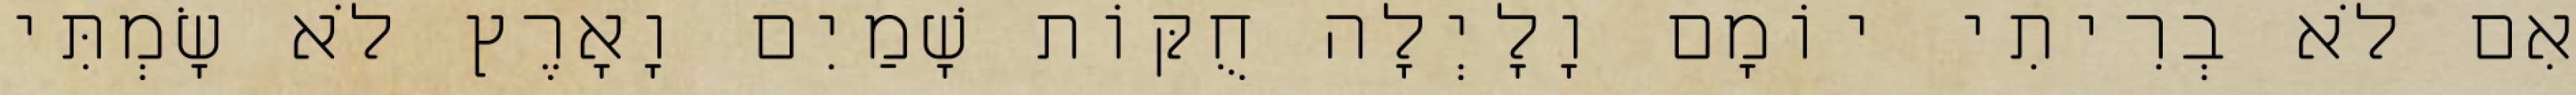
אִם לֹא בְרִיתִי יוֹמָם וָלָיְלָה חֻקּוֹת שָׁמַיִם וָאָרֶץ לֹא שָׂמְתִּי